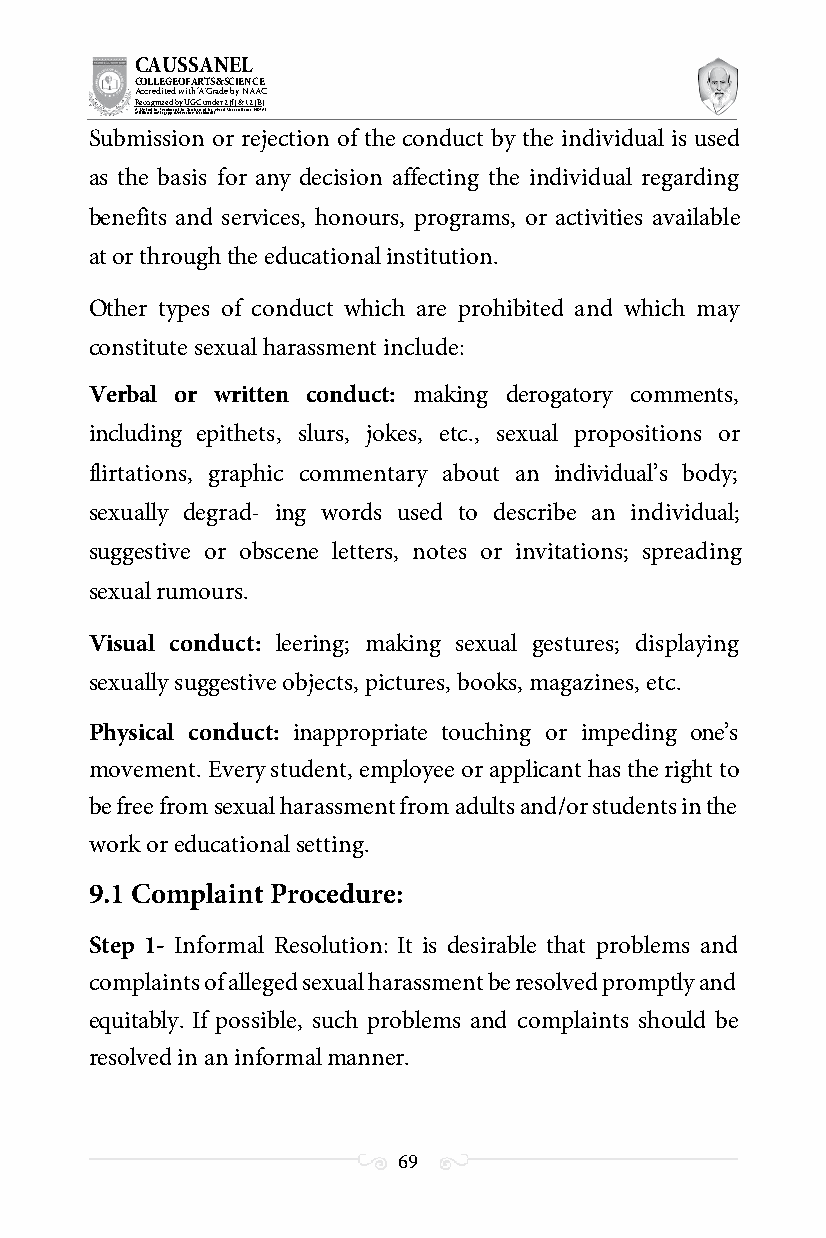
CAUSSANEL
 COLLEGE OF ARTS & SCIENCE
 Accredited with ‘A’ Grade by NAAC
 Recognized by UGC under 2 (f) & 12 (B)
 ((AA fUfilniaitt eodf ttoh eA Ilnasgtaitpuptae oUfn tihvee rBsirtoy,t hKerasr aoifk uthdei )S acred Heart of Jesus, INDIA)
 Submission or rejection of the conduct by the individual is used
 as the basis for any decision affecting the individual regarding
 benefits and services, honours, programs, or activities available
 at or through the educational institution.
 Other types of conduct which are prohibited and which may
 constitute sexual harassment include:
 Verbal or written conduct: making derogatory comments,
 including epithets, slurs, jokes, etc., sexual propositions or
 flirtations, graphic commentary about an individual’s body;
 sexually degrad- ing words used to describe an individual;
 suggestive or obscene letters, notes or invitations; spreading
 sexual rumours.
 Visual conduct: leering; making sexual gestures; displaying
 sexually suggestive objects, pictures, books, magazines, etc.
 Physical conduct: inappropriate touching or impeding one’s
 movement. Every student, employee or applicant has the right to
 be free from sexual harassment from adults and/or students in the
 work or educational setting.
 9.1 Complaint Procedure:
 Step 1- Informal Resolution: It is desirable that problems and
 complaints of alleged sexual harassment be resolved promptly and
 equitably. If possible, such problems and complaints should be
 resolved in an informal manner.
 69